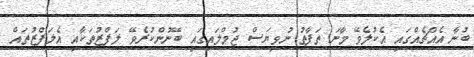
ބުނާ އެއްޗެއްގައި އެކުލެވޭ މާނަ ތަފާތު ނުވިޔަސް ޖުމްލައިގައި ބޭނުންކުރެވޭ ލަފްޒުތަކާއި އެލަފްޒުތައް